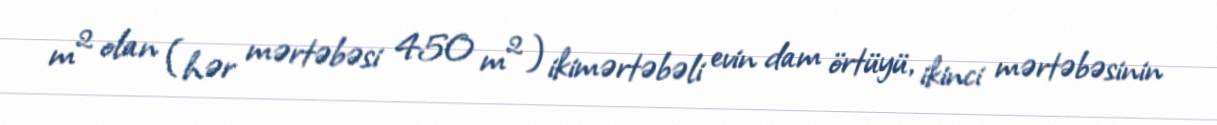
m² olan (hər mərtəbəsi 450 m²) ikimərtəbəli evin dam örtüyü, ikinci mərtəbəsinin